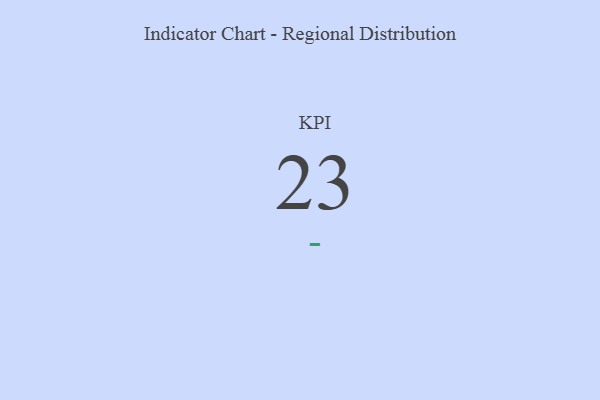
{"axis": {"x": "KPI", "y": "Value"}, "legend": [""], "data": [{"x": "KPI", "y": 23, "type": ""}]}